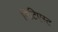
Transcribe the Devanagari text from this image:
मिटिएस्ट